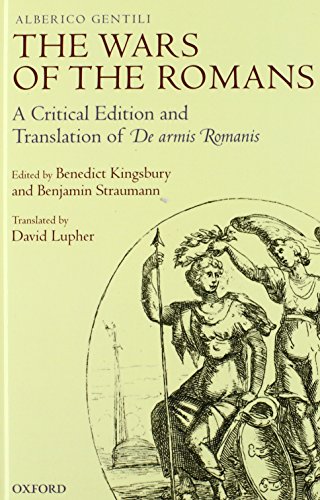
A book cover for The Wars of the Romans: A Critical Edition and Translation of De Armis Romanis; Alberico Gentili; Law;